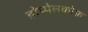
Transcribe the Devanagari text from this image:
डोप्पेलकोफ़